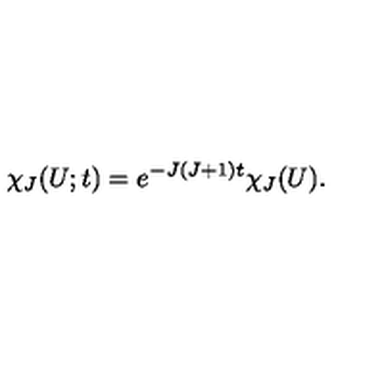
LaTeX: \chi _ { J } ( U ; t ) = e ^ { - J ( J + 1 ) t } \chi _ { J } ( U ) .